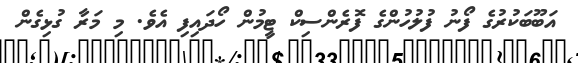
އަބޫބަކުރުގެ ފޯނު ފުލުހުންގެ ފޮރެންސިކް ޓީމުން ހޯދައިފި އެވެ. މި މަރާ ގުޅިގެން